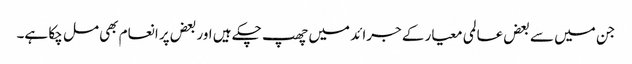
جن میں سے بعض عالمی معیار کے جرائد میں چھپ چکے ہیں اور بعض پر انعام بھی مل چکا ہے۔